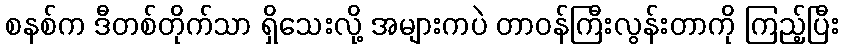
စနစ်က ဒီတစ်တိုက်သာ ရှိသေးလို့ အများကပဲ တာဝန်ကြီးလွန်းတာကို ကြည့်ပြီး